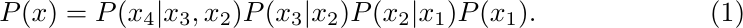
\begin{equation}
    P(x)=P(x_4|x_3,x_2)P(x_3|x_2)P(x_2|x_1)P(x_1).
\end{equation}